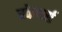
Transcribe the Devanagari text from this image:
स्केचर्स